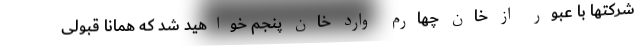
شرکتها با عبور از خان چهارم وارد خان پنجم خواهید شد که همانا قبولی